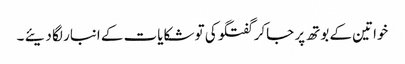
خواتین کے بوتھ پر جاکر گفتگو کی تو شکایات کے انبار لگا دیئے ۔